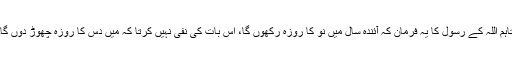
تاہم اللہ کے رسول کا یہ فرمان کہ آئندہ سال میں نو کا روزہ رکھوں گا، اس بات کی نفی نہیں کرتا کہ میں دس کا روزہ چھوڑ دوں گا۔